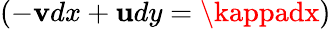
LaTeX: (-\mathbf{v}dx+\mathbf{u}dy=\kappadx)